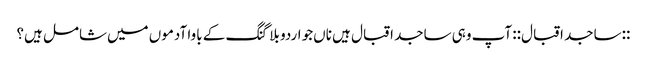
::ساجد اقبال:: آپ وہی ساجد اقبال ہیں‌ ناں‌جو اردو بلاگنگ کے باوا آدموں میں‌شامل ہیں؟